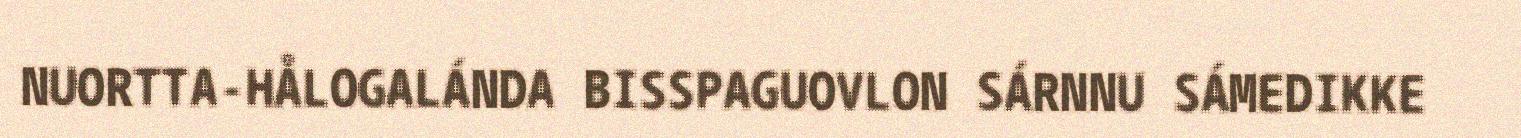
NUORTTA-HÅLOGALÁNDA BISSPAGUOVLON SÁRNNU SÁMEDIKKE